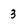
Character: 3